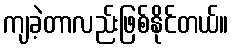
ကျခဲ့တာလည်းဖြစ်နိုင်တယ်။